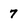
Character: 7